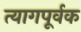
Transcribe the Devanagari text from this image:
त्यागपूर्वक